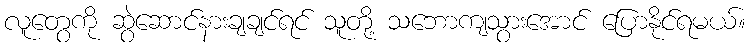
လူတွေကို ဆွဲဆောင်နားချချင်ရင် သူတို့ သဘောကျသွားအောင် ပြောနိုင်ရမယ်။